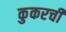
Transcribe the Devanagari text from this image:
कुकरची